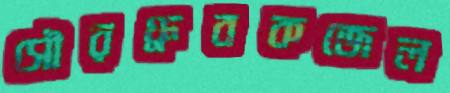
সৌরধ্রুবকজেল